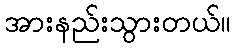
အားနည်းသွားတယ်။